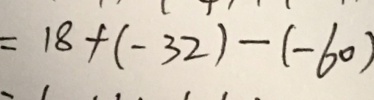
= 1 8 + ( - 3 2 ) - ( - 6 0 )